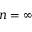
n = \infty